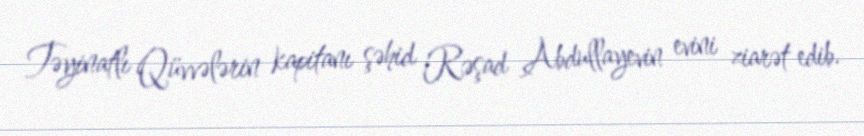
Təyinatlı Qüvvələrin kapitanı şəhid Rəşad Abdullayevin evini ziarət edib.